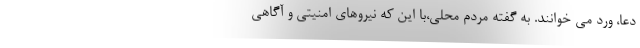
دعا، ورد می خوانند. به گفته مردم محلی،با این که نیروهای امنیتی و آگاهی